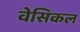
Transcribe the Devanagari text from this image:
वेसिकल